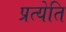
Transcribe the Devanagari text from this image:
प्रत्येति